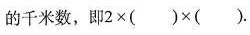
的千米数，即$$2 \times ( ) \times ( )$$.